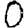
Digit: 0